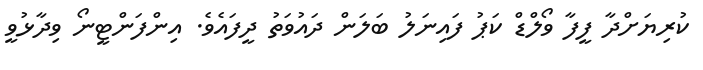
ކުރިޔަށްދާ ފީފާ ވޯލްޑް ކަޕު ފައިނަލު ބަލަން ދައުވަތު ދީފައެވެ. އިންފަންޓީނޯ ވިދާޅުވީ